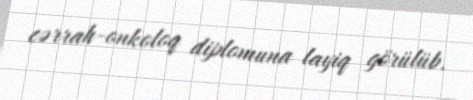
cərrah-onkoloq diplomuna layiq görülüb.